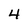
Character: 4